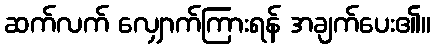
ဆက်လက် လျှောက်ကြားရန် အချက်ပေး၏။